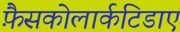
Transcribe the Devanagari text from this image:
फ़ैसकोलार्कटिडाए